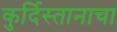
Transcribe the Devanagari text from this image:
कुर्दिस्तानाचा